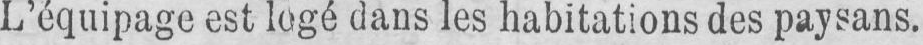
L’équipage est logé dans les habitations des paysans.